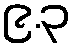
၉.၃